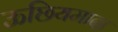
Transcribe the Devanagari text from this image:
ऊछियमादा